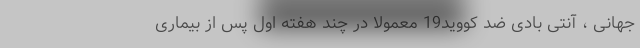
جهانی ، آنتی بادی ضد کووید19 معمولاً در چند هفته اول پس از بیماری